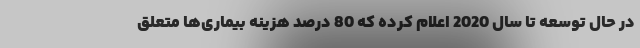
در حال توسعه تا سال 2020 اعلام کرده که 80 درصد هزینه‌ بیماری‌ها متعلق